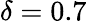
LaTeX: \delta=0.7